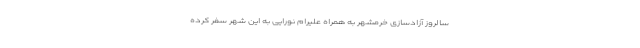
سالروز آزادسازی خرمشهر به همراه علیرام نورایی به این شهر سفر کرده